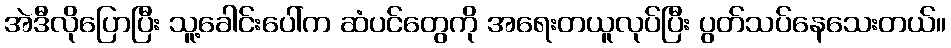
အဲဒီလိုပြောပြီး သူ့ခေါင်းပေါ်က ဆံပင်တွေကို အရေးတယူလုပ်ပြီး ပွတ်သပ်နေသေးတယ်။